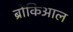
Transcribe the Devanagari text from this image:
ब्रोंकिआल